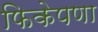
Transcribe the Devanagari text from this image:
फिकेपणा